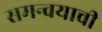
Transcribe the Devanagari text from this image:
समन्वयाची